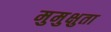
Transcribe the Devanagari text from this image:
मुमुक्षुता